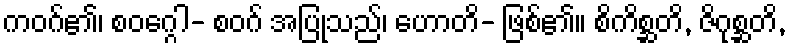
ကဝဂ်၏၊ စဝဂ္ဂေါ- စဝဂ် အပြုသည်၊ ဟောတိ- ဖြစ်၏။ စိကိစ္ဆတိ, ဇိဂုစ္ဆတိ,